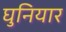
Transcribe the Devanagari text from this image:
घुनियार